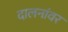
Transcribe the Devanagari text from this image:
दालनांवर